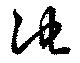
池